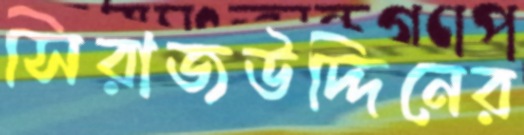
সিরাজউদ্দিনের